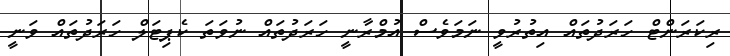
ރިކަރަންޓް ހަރަދުތައް އިތުރުވީ ނަމަވެސް އުމްރާނީ ހަރަދުތައް ނުވަތަ ކެޕިޓަލް ހަރަދުތައް ވަނީ